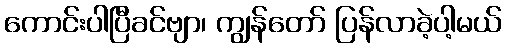
ကောင်းပါပြီခင်ဗျာ၊ ကျွန်တော် ပြန်လာခဲ့ပါ့မယ်